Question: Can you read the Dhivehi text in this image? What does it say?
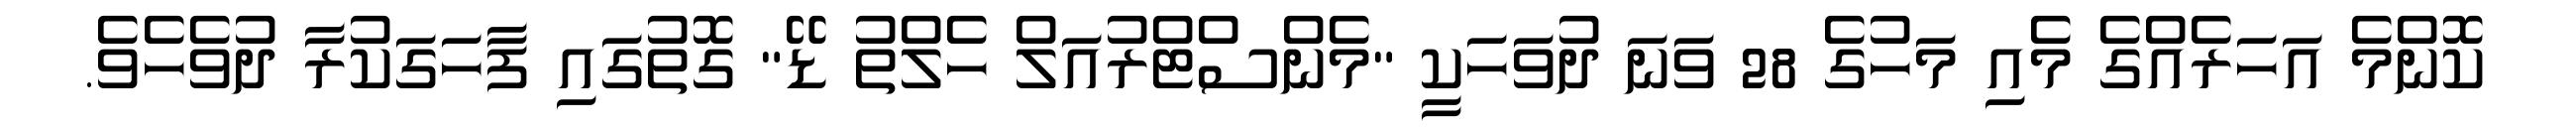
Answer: ކޮންމެ އަހަރެއްގެ މެއި މަހުގެ 28 ވަނަ ދުވަހަކީ "މެންސްޓްރުއަލް ހެލްތު ޑޭ" ގޮތުގައި ފާހަގަކުރާ ދުވެހެވެ.